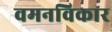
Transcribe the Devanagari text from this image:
वमनविकार